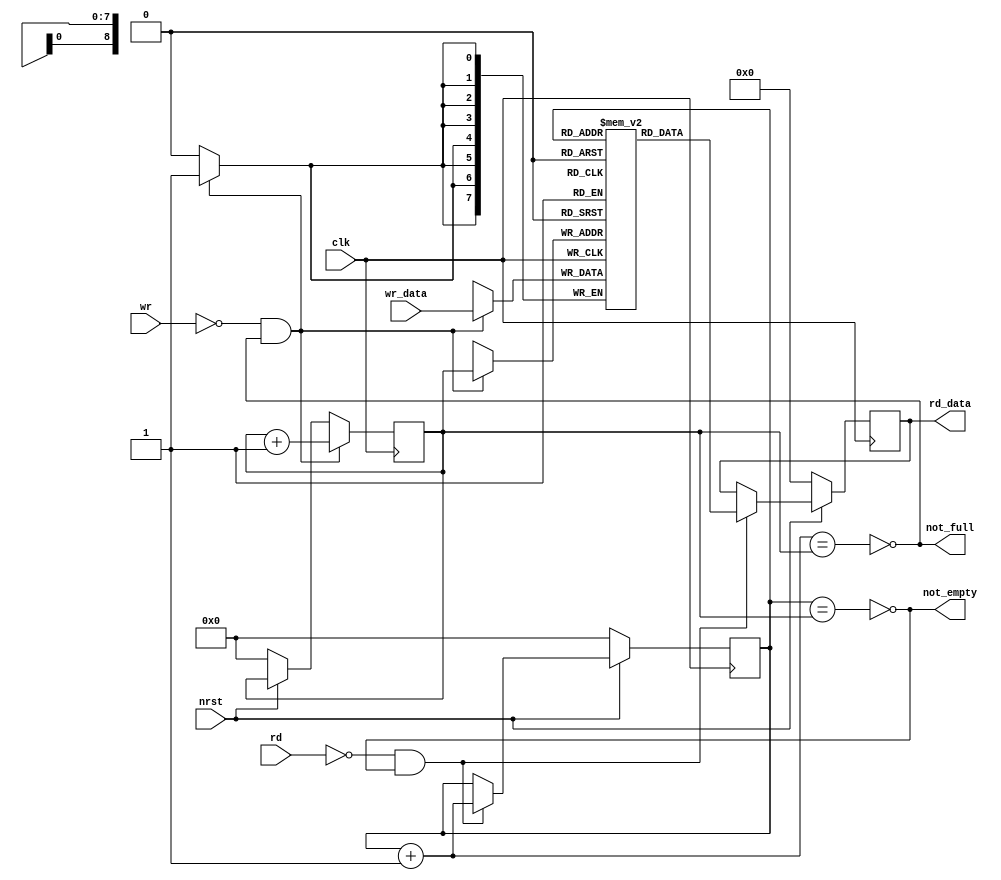
// Synchronous 8-bit FIFO

// This should use one block RAM unit. These are 256 x 16 bits,
// but they can be accessed as 512 x 8bits. In theory ICEStorm
// will infer that we want a block RAM. Note that the FIFO is
// full when 511 bytes have been added.

// This code is very much based on the synchronous FIFO example
// from
//
//     https://vlsiverify.com/verilog/verilog-codes/synchronous-fifo

module fifo_512x8(input wire nrst,               // 0 means reset is asserted
                  input wire clk,                // clock signal
                  output wire not_empty,         // 1 if not empty, 0 if empty
                  input wire rd,                 // 0 to indicate consumer wants to read
                  output reg [7:0] rd_data,      // data read from FIFO
                  output wire not_full,          // 1 if not full, 0 if full
                  input wire wr,                 // 0 to indicate producer wants to write
                  input wire [7:0] wr_data       // data written to FIFO
                 );

  reg [8:0] rd_ptr;
  reg [8:0] wr_ptr;

  reg [7:0] fifo_data[511:0];

  // full and empty conditions
  // I'm sort of suspicious that these conditions can be relied on
  // given that they are computed by combinational logic, but I've
  // seen multiple examples that work this way. (It's on the internet,
  // so it must be trustworthy.)
  wire full, empty;
  assign full = (rd_ptr + 9'd1 == wr_ptr);
  assign empty = (rd_ptr == wr_ptr);
  assign not_empty = !empty;
  assign not_full = !full;

  // reading data from FIFO
  always @(posedge clk)
    begin
      if (nrst == 1'b0)
        begin
          // reset asserted
          rd_ptr <= 9'd0;
          rd_data <= 8'd0;
        end
      else if (rd == 1'b0 & not_empty)
        begin
          rd_data <= fifo_data[rd_ptr]; // read data at current read pointer
          rd_ptr <= rd_ptr + 1; // advance read pointer
        end
    end

  // writing data to the FIFO
  always @(posedge clk)
    begin
      if (nrst == 1'b0)
        begin
          // reset asserted
          wr_ptr <= 9'd0;
        end
      if (wr == 1'b0 & not_full)
        begin
          fifo_data[wr_ptr] <= wr_data; // write data at current write pointer
          wr_ptr <= wr_ptr + 1; // advance write pointer
        end
    end

endmodule

// vim:ft=verilog: